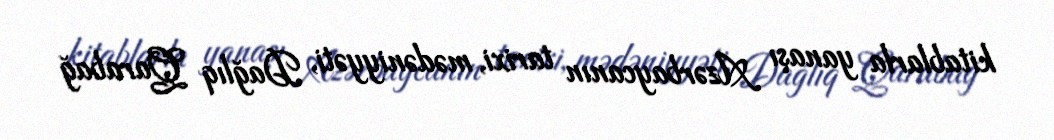
kitablarla yanaşı Azərbaycanın tarixi, mədəniyyəti, Dağlıq Qarabağ